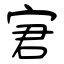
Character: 宭